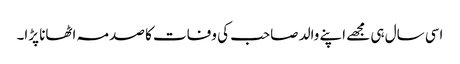
اسی سال ہی مجھے اپنے والد صاحب کی وفات کا صدمہ اٹھانا پڑا۔